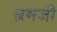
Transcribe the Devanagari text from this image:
ब्रमजी